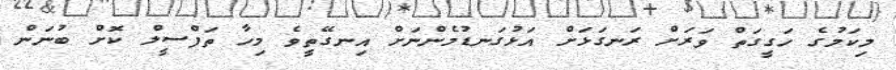
މިކަމުގެ ހަގީގަތް ވަރަށް ރަނގަޅަށް އަޅުގަނޑުމެންނަށް އިނގޭތީވެ މިހާ ތަފްސީލް ކޮށް ބުނަން